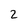
Character: 2